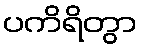
ပကိရိတွာ